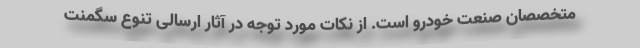
متخصصان صنعت خودرو است. از نکات مورد توجه در آثار ارسالی تنوع سگمنت